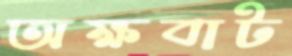
অক্ষবাট